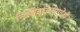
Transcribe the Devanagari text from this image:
निविदांप्रमाणेही